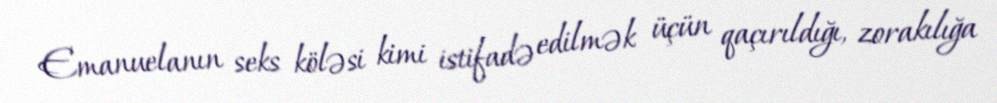
Emanuelanın seks köləsi kimi istifadə edilmək üçün qaçırıldığı, zorakılığa